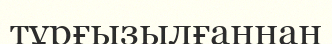
тұрғызылғаннан